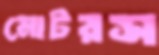
মোটরস